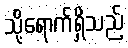
သို့ရောက်ရှိသည်